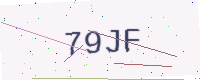
Text: 79JF